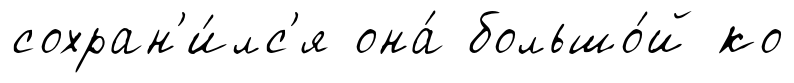
сохран'и́лс'я она́ большо́й ко